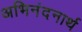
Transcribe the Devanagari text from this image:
अभिनंदनार्थ